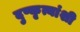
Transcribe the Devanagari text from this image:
दुष्कृत्यांशी